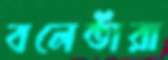
বলেতাঁরা